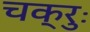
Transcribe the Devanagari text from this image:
चक्रुः